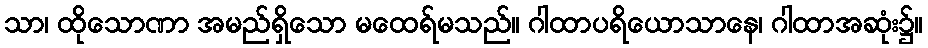
သာ၊ ထိုသောဏာ အမည်ရှိသော မထေရ်မသည်။ ဂါထာပရိယောသာနေ၊ ဂါထာအဆုံး၌။